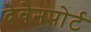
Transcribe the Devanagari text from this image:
देवेनपोर्ट